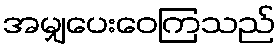
အမျှပေးဝေကြသည်